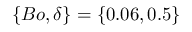
\{ B o , \delta \} = \{ 0 . 0 6 , 0 . 5 \}